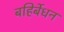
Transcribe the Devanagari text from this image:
बहिर्बेधन